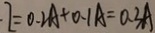
I = 0 . 2 A + 0 . 1 A = 0 . 3 A